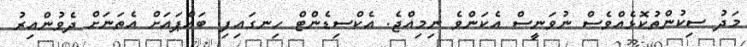
މަދު ސިކުންތުކޮޅެއްވެސް ނުވަނީސް އެކަންވެ ނިމިއްޖެ. އެކްސިޑެންޓް ހިނގައިފި. ބައްޕައަށް އެތަނަށް ދެވުންއިރު